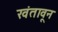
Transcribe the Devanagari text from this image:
खंतावून